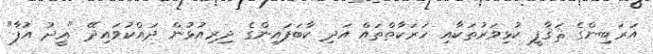
އަރަބިންގެ ޘަޤާފީ ކުޅިވަރުތަކާއި ހަރަކާތްތައް އަދި ކާބަަފައިންގެ ދިރިއުޅުން ދައްކުވައިދޭ "ޢީދު އުފާ"